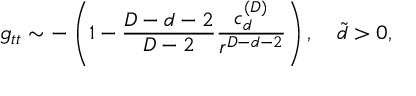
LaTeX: g _ { t t } \sim - \left( 1 - { \frac { D - d - 2 } { D - 2 } } { \frac { c _ { d } ^ { ( D ) } } { r ^ { D - d - 2 } } } \right) , \ \ \ \tilde { d } > 0 ,